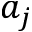
a _ { j }